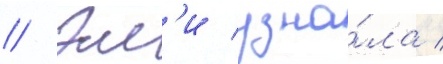
// Эм'и узна́ла /